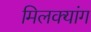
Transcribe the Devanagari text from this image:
मिलक्यांग